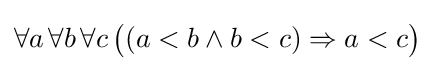
\forall a\,\forall b\,\forall c\,{\bigl (}(a<b\wedge b<c)\Rightarrow a<c{\bigr )}